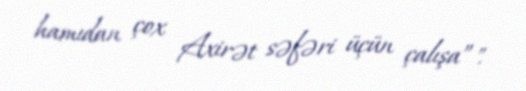
hamıdan çox Axirət səfəri üçün çalışa”".